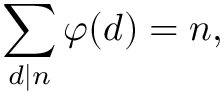
\sum _ { d \mid n } \varphi ( d ) = n ,